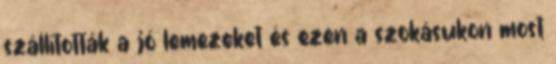
szállították a jó lemezeket és ezen a szokásukon most